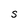
Character: S